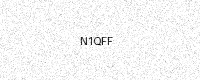
Text: N1QFF